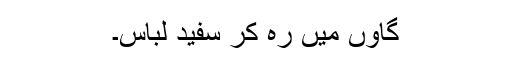
گاوٗں میں رہ کر سفید لباس۔